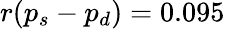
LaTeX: r(p_{s}-p_{d})=0.095